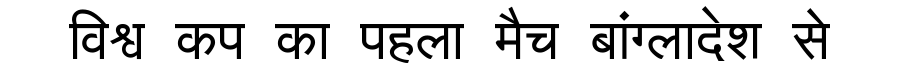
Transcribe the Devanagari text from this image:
विश्व कप का पहला मैच बांग्लादेश से